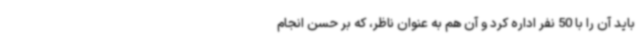
باید آن را با 50 نفر اداره کرد و آن هم به عنوان ناظر، که بر حسن انجام